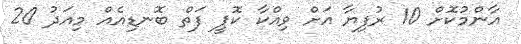
އާންމުކޮށް 10 ރުފިޔާ އަށް ވިއްކާ ކޮޕީ ފަތް ބޮނޑިއެއް މިއަދު 20